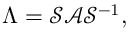
\Lambda = \mathcal { S } \mathcal { A } \mathcal { S } ^ { - 1 } ,